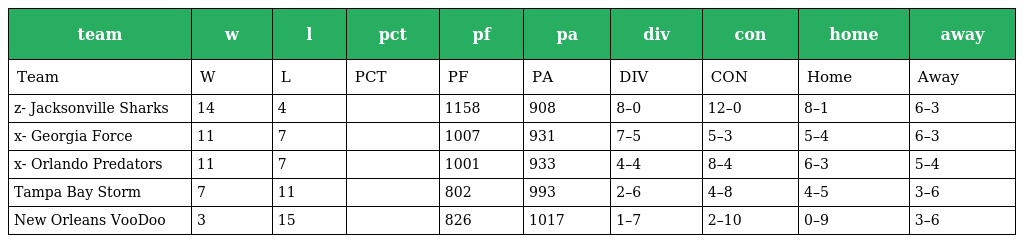
| team | w | l | pct | pf | pa | div | con | home | away |
 | --- | --- | --- | --- | --- | --- | --- | --- | --- | --- |
 | Team | W | L | PCT | PF | PA | DIV | CON | Home | Away |
 | z- Jacksonville Sharks | 14 | 4 |  | 1158 | 908 | 8–0 | 12–0 | 8–1 | 6–3 |
 | x- Georgia Force | 11 | 7 |  | 1007 | 931 | 7–5 | 5–3 | 5–4 | 6–3 |
 | x- Orlando Predators | 11 | 7 |  | 1001 | 933 | 4–4 | 8–4 | 6–3 | 5–4 |
 | Tampa Bay Storm | 7 | 11 |  | 802 | 993 | 2–6 | 4–8 | 4–5 | 3–6 |
 | New Orleans VooDoo | 3 | 15 |  | 826 | 1017 | 1–7 | 2–10 | 0–9 | 3–6 |